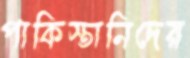
পাকিস্তানিদের